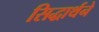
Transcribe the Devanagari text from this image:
सिद्धार्थने